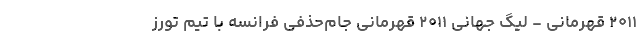
۲۰۱۱ قهرمانی - لیگ جهانی ۲۰۱۱ قهرمانی جام‌حذفی فرانسه با تیم تورز